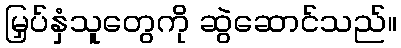
မြှပ်နှံသူတွေကို ဆွဲဆောင်သည်။